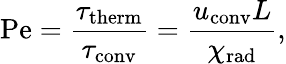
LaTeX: \mathrm{Pe}=\frac{\tau_{\mathrm{therm}}}{\tau_{\mathrm{conv}}}=\frac{u_{\mathrm{conv}}L}{\chi_{\mathrm{rad}}},